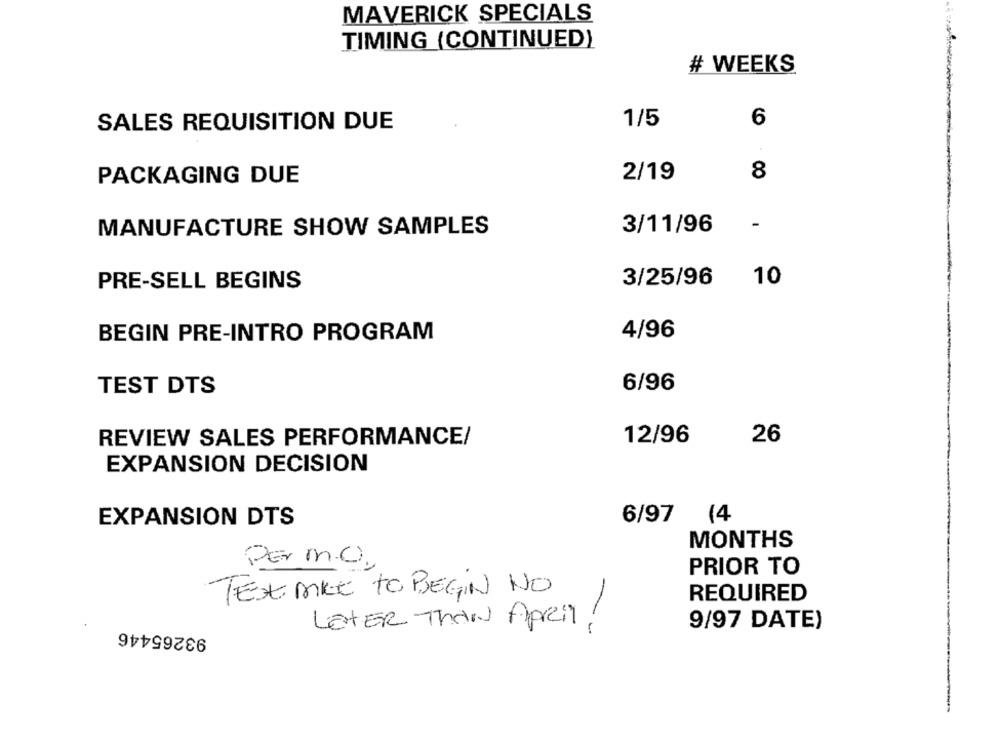
MAVERICK SPECIALS
TIMING (CONTINUED)
# WEEKS
SALES REQUISITION DUE
1/5
6
2/19
8
PACKAGING DUE
3/11/96
-
MANUFACTURE SHOW SAMPLES
3/25/96
10
PRE-SELL BEGINS
BEGIN PRE-INTRO PROGRAM
4/96
TEST DTS
6/96
REVIEW SALES PERFORMANCE/
12/96
26
EXPANSION DECISION
6/97
(4
EXPANSION DTS
MONTHS
Per m.C).
PRIOR TO
TEX MIKE TO BEGIN NO
REQUIRED
93265446
LETER ThAN April!
9/97 DATE)